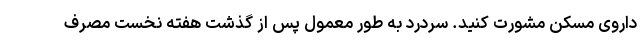
داروی مسکن مشورت کنید. سردرد به طور معمول پس از گذشت هفته نخست مصرف